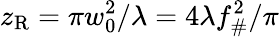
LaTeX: z_{\mathrm{R}}=\pi w_{0}^{2}/\lambda=4\lambda f_{\# }^{2}/\pi